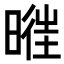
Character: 𣈧